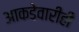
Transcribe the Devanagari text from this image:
आकडेवारीही